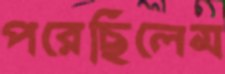
পরেছিলেম